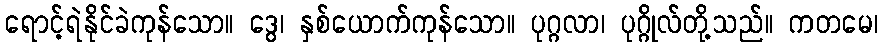
ရောင့်ရဲနိုင်ခဲကုန်သော။ ဒွေ၊ နှစ်ယောက်ကုန်သော။ ပုဂ္ဂလာ၊ ပုဂ္ဂိုလ်တို့သည်။ ကတမေ၊